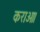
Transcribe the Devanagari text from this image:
कराओ।